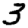
Digit: 3